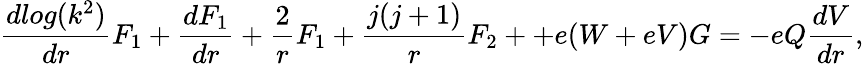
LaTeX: \frac{dlog(k^{2})}{dr}F_{1}+\frac{dF_{1}}{dr}+\frac{2}{r}F_{1}+\frac{j(j+1)}{r}F_{2}++e(W+eV)G=-eQ\frac{dV}{dr},